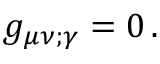
g _ { \mu \nu ; \gamma } = 0 \, .